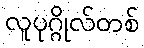
လူပုဂ္ဂိုလ်တစ်